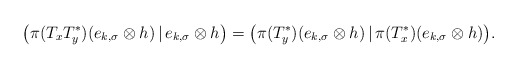
\begin{align*}\big(\pi(T_xT_y^*)(e_{k,\sigma}\otimes h)\,|\,e_{k,\sigma}\otimes h\big)=\big(\pi(T_y^*)(e_{k,\sigma}\otimes h)\,|\,\pi(T_x^*)(e_{k,\sigma}\otimes h)\big).\end{align*}